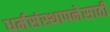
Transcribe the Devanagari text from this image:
धर्मसंस्थापनेसाठी